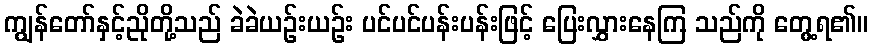
ကျွန်တော်နှင့်ညိုတို့သည် ခဲခဲယဉ်းယဉ်း ပင်ပင်ပန်းပန်းဖြင့် ပြေးလွှားနေကြ သည်ကို တွေ့ရ၏။